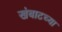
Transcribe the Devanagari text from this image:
खंबाटच्या